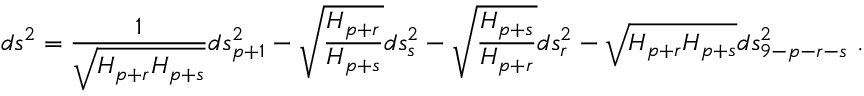
d s ^ { 2 } = { \frac { 1 } { \sqrt { H _ { p + r } H _ { p + s } } } } d s _ { p + 1 } ^ { 2 } - \sqrt { { \frac { H _ { p + r } } { H _ { p + s } } } } d s _ { s } ^ { 2 } - \sqrt { { \frac { H _ { p + s } } { H _ { p + r } } } } d s _ { r } ^ { 2 } - \sqrt { H _ { p + r } H _ { p + s } } d s _ { 9 - p - r - s } ^ { 2 } \ .